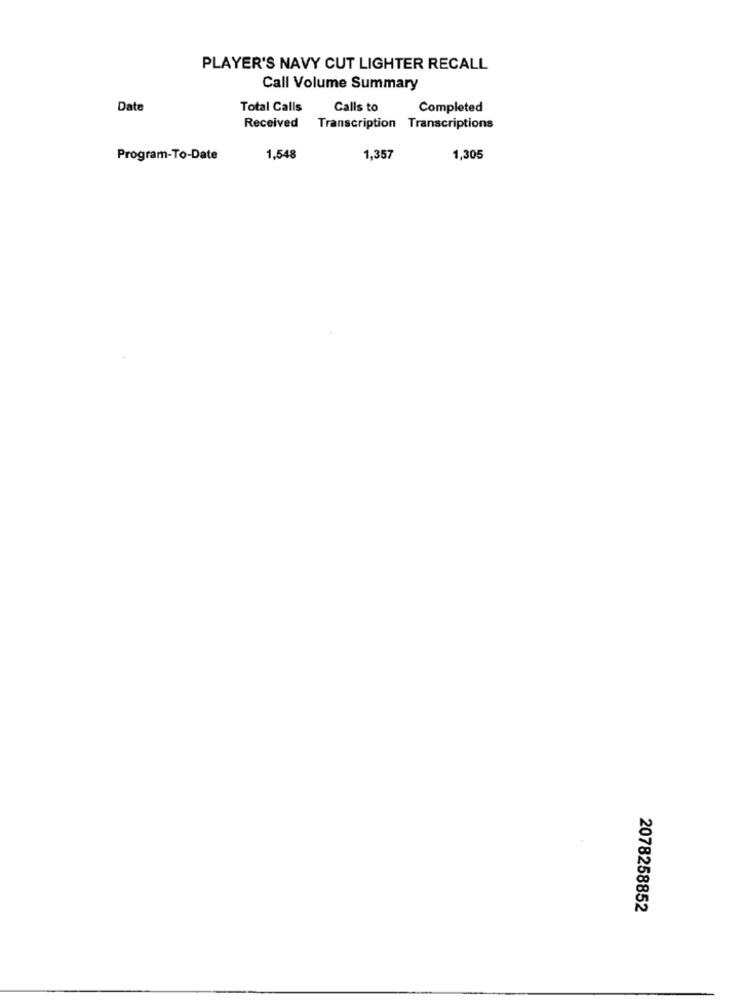
PLAYER'S NAVY CUT LIGHTER RECALL
Call Volume Summary
Date
Total Calls
Calls to
Completed
Received Transcription Transcriptions
Program-To-Date
1,548
1,357
1,305
2078258852